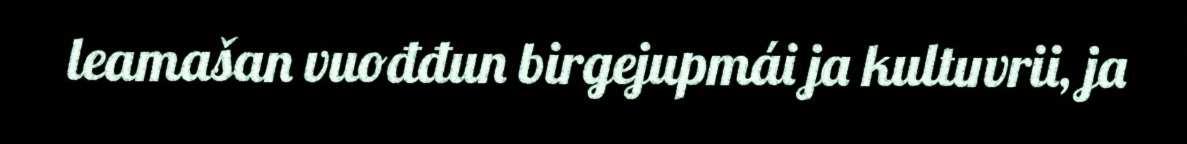
leamašan vuođđun birgejupmái ja kultuvrii, ja